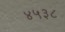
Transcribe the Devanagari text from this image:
४५३८